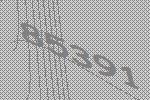
85391